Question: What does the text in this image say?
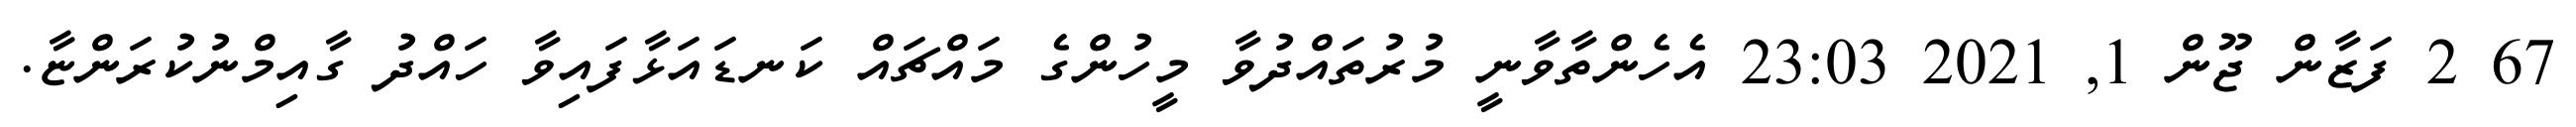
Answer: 67 2 ފަޒާން ޖޫން 1, 2021 23:03 އެހެންތާވާނީ މުރުތައްދުވާ މީހުންގެ މައްޗައް ކަނޑައަޅާފައިވާ ހައްދު ގާއިމްނުކުރަންޏާ.